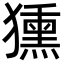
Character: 獯